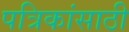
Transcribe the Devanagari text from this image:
पत्रिकांसाठी